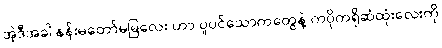
အဲ့ဒီအခါ နန်းမတော်မမြလေး ဟာ ပူပင်သောကတွေနဲ့ ကပိုကရိုဆံထုံးလေးကို